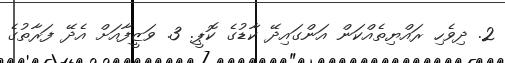
2. ދިވެހި ރައްޔިތެއްކަން އަންގައިދޭ ކާޑުގެ ކޮޕީ. 3. ވަޒީފާއަށް އެދޭ ފަރާތުގެ